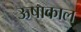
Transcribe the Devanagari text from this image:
ऊषाकाल